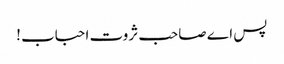
پس اے صاحب ثروت احباب !